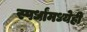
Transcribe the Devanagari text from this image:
स्पर्धांमध्येही